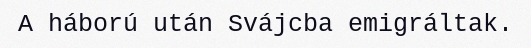
A háború után Svájcba emigráltak.